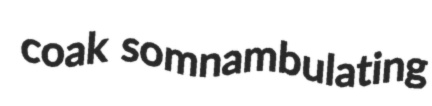
coak somnambulating